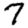
Digit: 7